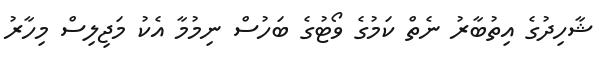
ޝާހިދުގެ އިތުބާރު ނެތް ކަމުގެ ވޯޓުގެ ބަހުސް ނިމުމާ އެކު މަޖިލިސް މިހާރު